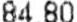
84.80